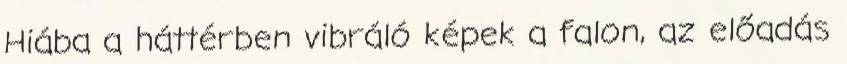
Hiába a háttérben vibráló képek a falon, az előadás